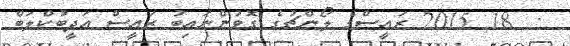
:  18